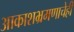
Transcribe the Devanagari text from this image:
आकाशभ्रमणाचेही